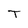
Character: T